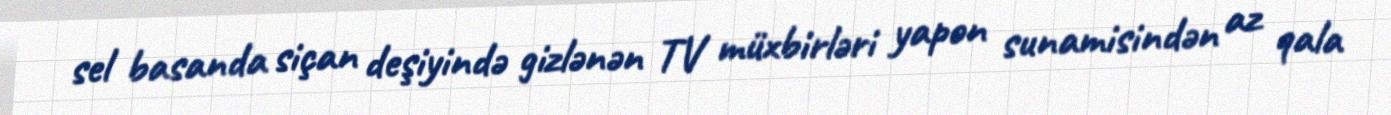
sel basanda siçan deşiyində gizlənən TV müxbirləri yapon sunamisindən az qala